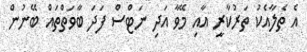
އެ ތެލާއެކު ތަރުކާރީ އާއި މޭވާ އަދި ނަޓްސް ފަދަ ބާވަތްތައް ބޭނުން